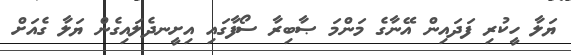
ޔަލާ ހީކުރި ފަދައިން އޭނާގެ މަންމަ ޞާބިރާ ސޯފާގައި އިށީނދެލައިގެން ޔަލާ ގެއަށް